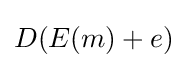
D(E(m)+e)